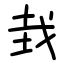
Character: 㘽